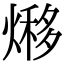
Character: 熪